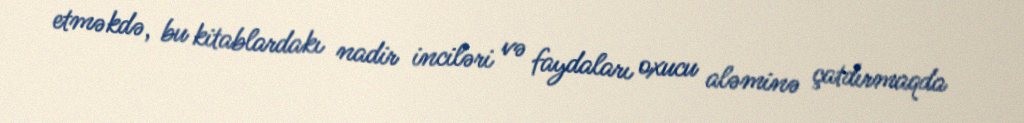
etməkdə, bu kitablardakı nadir inciləri və faydaları oxucu aləminə çatdırmaqda